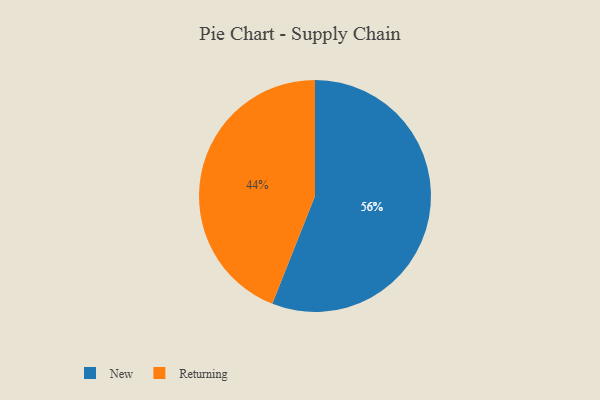
{"axis": {"x": "Category", "y": "Percentage"}, "legend": ["New", "Returning"], "data": [{"x": "Returning", "y": 44, "type": "Returning"}, {"x": "New", "y": 56, "type": "New"}]}